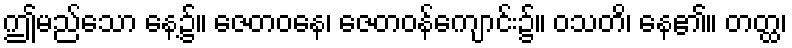
ဤမည်သော နေ့၌။ ဇေတဝနေ၊ ဇေတဝန်ကျောင်း၌။ ဝသတိ၊ နေ၏။ တတ္ထ၊